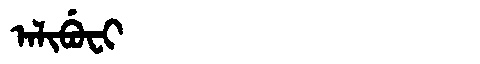
Manchu: ᠠᠯᡳᠪᡠᠸᡳ
Romanization: ALIBUFI